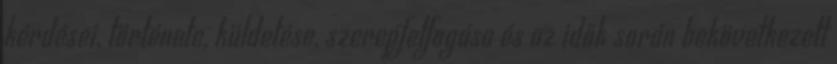
kérdései, története, küldetése, szerepfelfogása és az idők során bekövetkezett